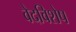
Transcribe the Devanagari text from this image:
वेदविशेष